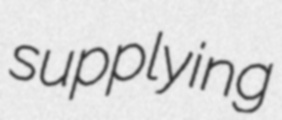
supplying